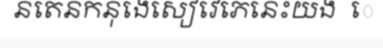
នតេនកនុងេសៀវេភេនេះយង  េ